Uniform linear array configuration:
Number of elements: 4
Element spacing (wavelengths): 0.25
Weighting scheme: exponential
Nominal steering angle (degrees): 15
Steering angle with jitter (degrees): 15.955
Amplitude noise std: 0.05
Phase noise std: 0.05

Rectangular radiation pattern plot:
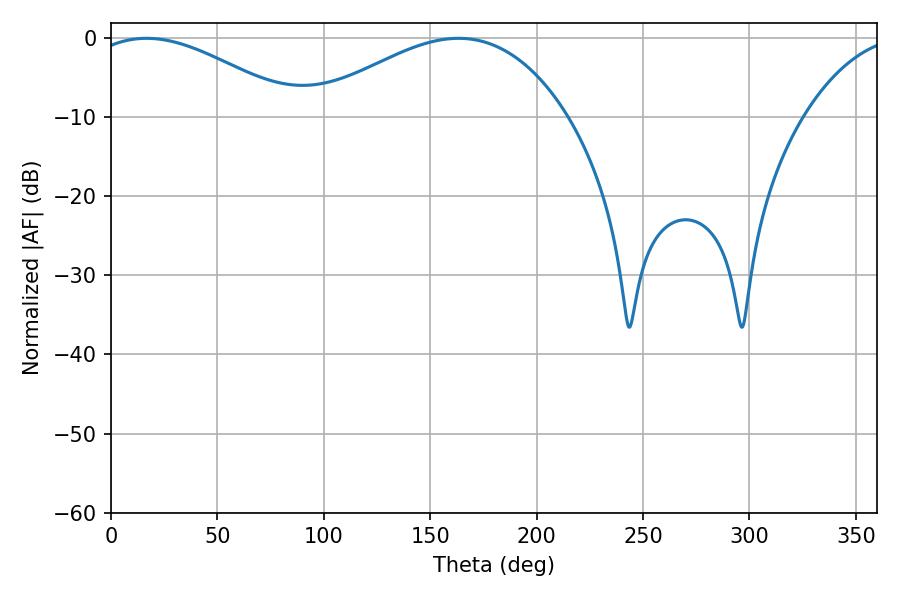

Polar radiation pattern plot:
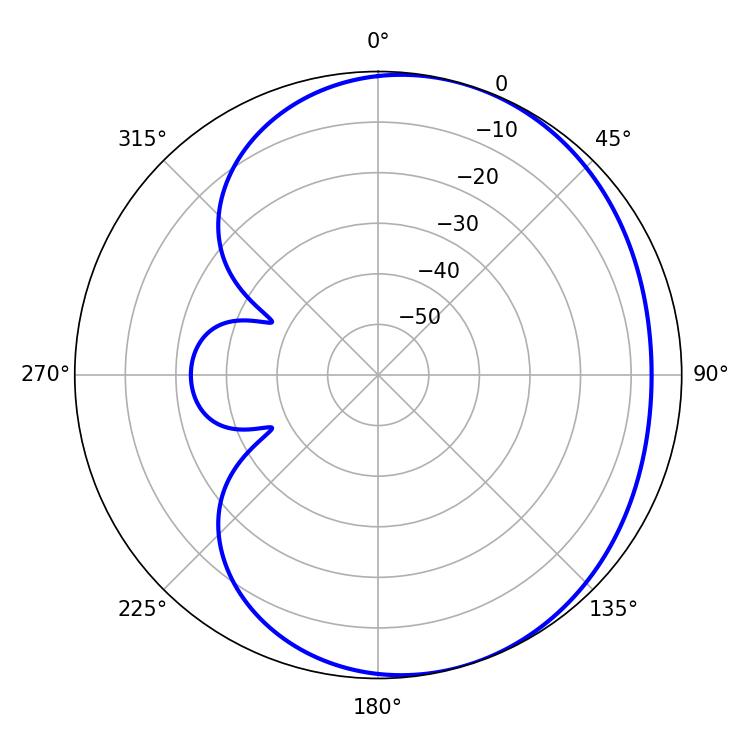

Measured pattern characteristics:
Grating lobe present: FALSE
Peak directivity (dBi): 3.489
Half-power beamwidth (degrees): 53.82
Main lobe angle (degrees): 16.74